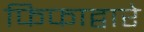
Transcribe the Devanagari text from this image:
फिफाद्वारे